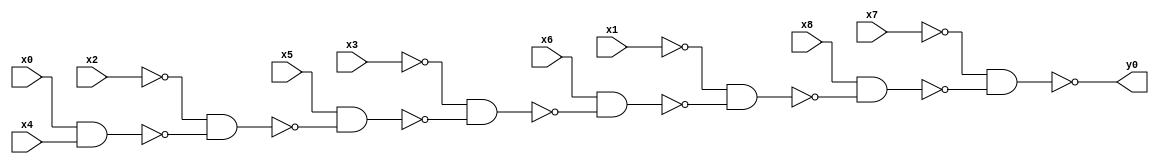
module top( x0 , x1 , x2 , x3 , x4 , x5 , x6 , x7 , x8 , y0 );
  input x0 , x1 , x2 , x3 , x4 , x5 , x6 , x7 , x8 ;
  output y0 ;
  wire n10 , n11 , n12 , n13 , n14 , n15 , n16 , n17 ;
  assign n10 = x0 & x4 ;
  assign n11 = ~x2 & ~n10 ;
  assign n12 = x5 & ~n11 ;
  assign n13 = ~x3 & ~n12 ;
  assign n14 = x6 & ~n13 ;
  assign n15 = ~x1 & ~n14 ;
  assign n16 = x8 & ~n15 ;
  assign n17 = ~x7 & ~n16 ;
  assign y0 = ~n17 ;
endmodule